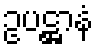
ဥပဋ္ဌာနံ